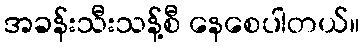
အခန်းသီးသန့်စီ နေစေပါတယ်။